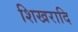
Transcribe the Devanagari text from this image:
शिखरादि